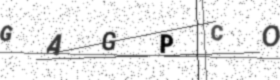
Text: GAGPCO